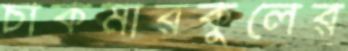
চাকমারকুলের